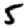
Digit: 5